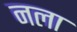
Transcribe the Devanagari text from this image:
नला